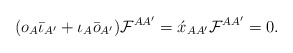
\begin{align*}(o_A\bar{\iota}_{A'}+\iota_A\bar{o}_{A'}){\cal F}^{AA'} =\acute{x}_{AA'}{\cal F}^{AA'} = 0.\end{align*}